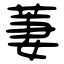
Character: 萋